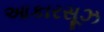
આકારસૂઝ